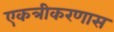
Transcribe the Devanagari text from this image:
एकत्रीकरणास